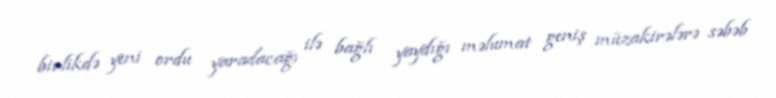
birlikdə yeni ordu yaradacağı ilə bağlı yaydığı məlumat geniş müzakirələrə səbəb